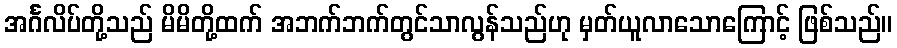
အင်္ဂလိပ်တို့သည် မိမိတို့ထက် အဘက်ဘက်တွင်သာလွန်သည်ဟု မှတ်ယူလာသောကြောင့် ဖြစ်သည်။